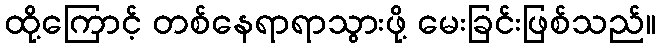
ထို့ကြောင့် တစ်နေရာရာသွားဖို့ မေးခြင်းဖြစ်သည်။